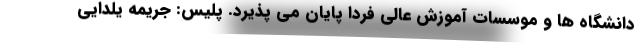
دانشگاه ها و موسسات آموزش عالی فردا پایان می پذیرد. پلیس: جریمه یلدایی